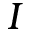
I